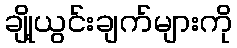
ချို့ယွင်းချက်များကို